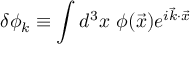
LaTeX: \delta \phi _ { k } \equiv \int d ^ { 3 } x \ \phi ( \vec { x } ) e ^ { i \vec { k } \cdot \vec { x } }